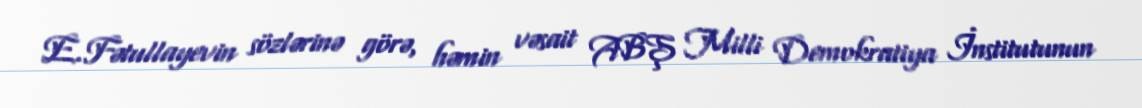
E.Fətullayevin sözlərinə görə, həmin vəsait ABŞ Milli Demokratiya İnstitutunun